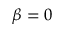
\beta = 0